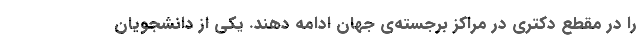
را در مقطع دکتری در مراکز برجسته‌ی جهان ادامه دهند. یکی از دانشجویان